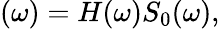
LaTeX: (\omega)=H(\omega)S_{0}(\omega),